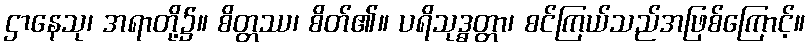
ဌာနေသု၊ အရာတို့၌။ စိတ္တဿ၊ စိတ်၏။ ပရိသုဒ္ဓတ္တာ၊ စင်ကြယ်သည်အဖြစ်ကြောင့်။